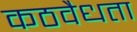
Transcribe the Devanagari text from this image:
कठवैधता